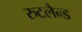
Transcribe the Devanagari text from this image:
रुटलैन्ड